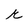
Character: r